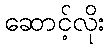
ဆောင့်လိုး